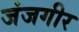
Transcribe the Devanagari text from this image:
जंजगीर